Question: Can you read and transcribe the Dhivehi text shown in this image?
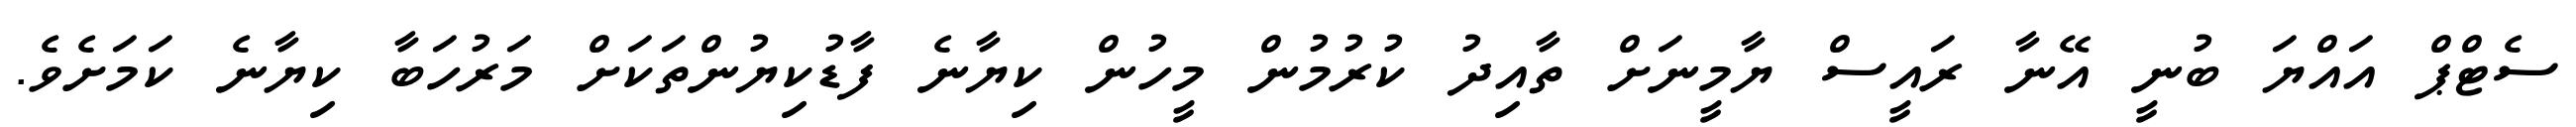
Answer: ސެޓްޕް އައްޔަ ބުނީ އޭނާ ރައީސް ޔާމީނަށް ތާއިދު ކުރުމުން މީހުން ކިޔާނެ ފާޑުކިޔުންތަކަށް މަރުހަބާ ކިޔާނެ ކަމަށެވެ.